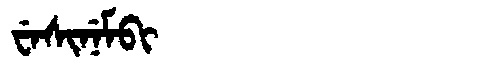
Manchu: ᠸᡝᠰᡳᠨᡝᠮᠪᡳ
Romanization: WESINEMBI